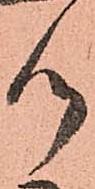
つ